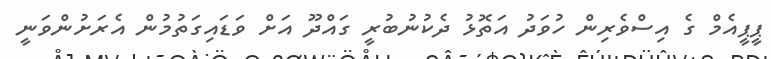
ޕީޕީއެމް ގެ އިސްވެރިން ހުވަދު އަތޮޅު ދެކުނުބުރީ ގައްދޫ އަށް ވަޑައިގަތުމުން އެރަށުންވަނީ